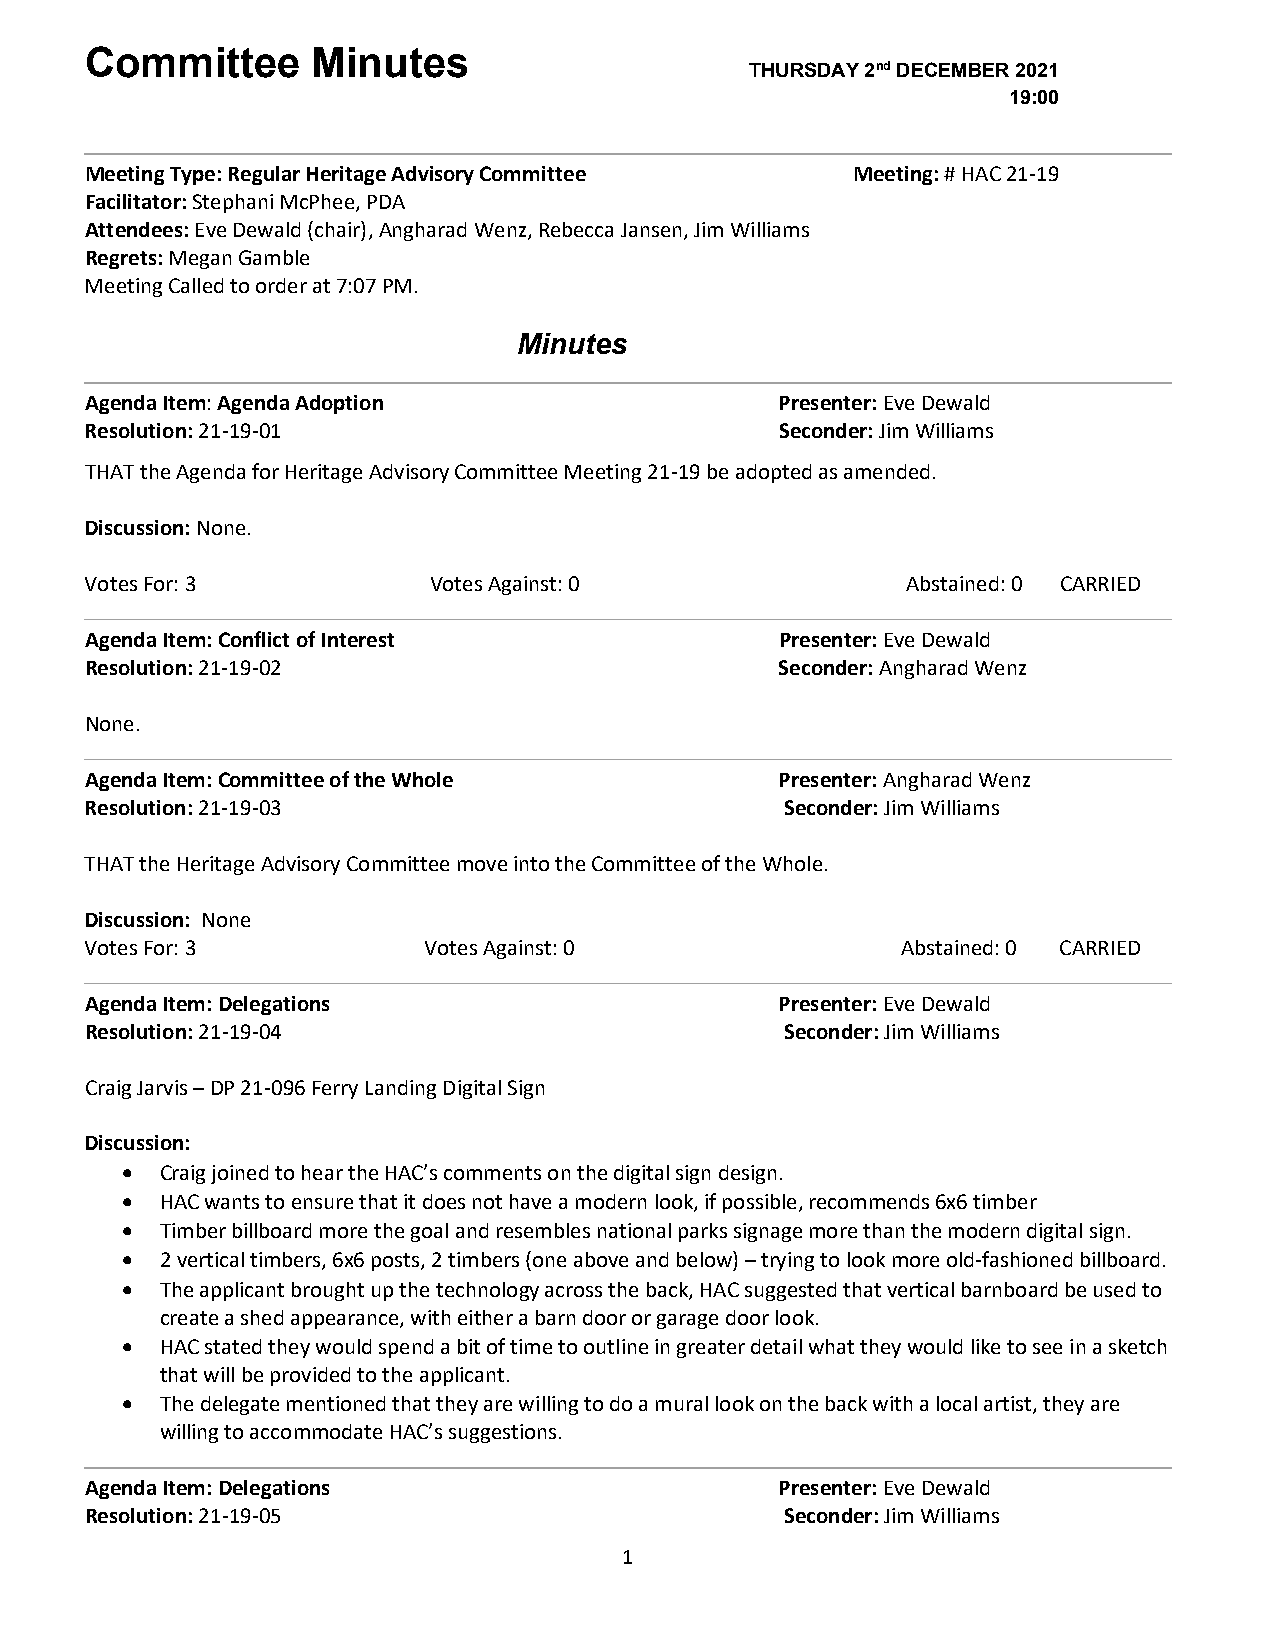
Committee      Minutes
 THURSDAY 2nd DECEMBER 2021
 19:00
 Meeting Type: Regular Heritage Advisory Committee Meeting: # HAC 21-19
 Facilitator: Stephani McPhee, PDA
 Attendees: Eve Dewald (chair), Angharad Wenz, Rebecca Jansen, Jim Williams
 Regrets: Megan Gamble
 Meeting Called to order at 7:07 PM.
 Minutes
 Agenda Item: Agenda Adoption                  Presenter: Eve Dewald
 Resolution: 21-19-01                          Seconder: Jim Williams
 THAT the Agenda for Heritage Advisory Committee Meeting 21-19 be adopted as amended.
 Discussion: None.
 Votes For: 3          Votes Against: 0                Abstained: 0 CARRIED
 Agenda Item: Conflict of Interest             Presenter: Eve Dewald
 Resolution: 21-19-02                          Seconder: Angharad Wenz
 None.
 Agenda Item: Committee of the Whole           Presenter: Angharad Wenz
 Resolution: 21-19-03                          Seconder: Jim Williams
 THAT the Heritage Advisory Committee move into the Committee of the Whole.
 Discussion: None
 Votes For: 3          Votes Against: 0                Abstained: 0 CARRIED
 Agenda Item: Delegations                      Presenter: Eve Dewald
 Resolution: 21-19-04                          Seconder: Jim Williams
 Craig Jarvis – DP 21-096 Ferry Landing Digital Sign
 Discussion:
 •  Craig joined to hear the HAC’s comments on the digital sign design.
 •  HAC wants to ensure that it does not have a modern look, if possible, recommends 6x6 timber
 •  Timber billboard more the goal and resembles national parks signage more than the modern digital sign.
 •  2 vertical timbers, 6x6 posts, 2 timbers (one above and below) – trying to look more old-fashioned billboard.
 •  The applicant brought up the technology across the back, HAC suggested that vertical barnboard be used to
 create a shed appearance, with either a barn door or garage door look.
 •  HAC stated they would spend a bit of time to outline in greater detail what they would like to see in a sketch
 that will be provided to the applicant.
 •  The delegate mentioned that they are willing to do a mural look on the back with a local artist, they are
 willing to accommodate HAC’s suggestions.
 Agenda Item: Delegations                      Presenter: Eve Dewald
 Resolution: 21-19-05                          Seconder: Jim Williams
 1